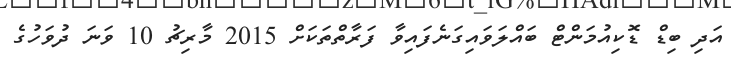
އަދި ބިޑް ޑޮކިއުމަންޓް ބައްލަވައިގަނެފައިވާ ފަރާތްތަކަށްް 2015 މާރިޗު 10 ވަނަ ދުވަހުގެ